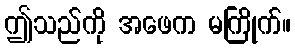
ဤသည်ကို အဖေက မကြိုက်။